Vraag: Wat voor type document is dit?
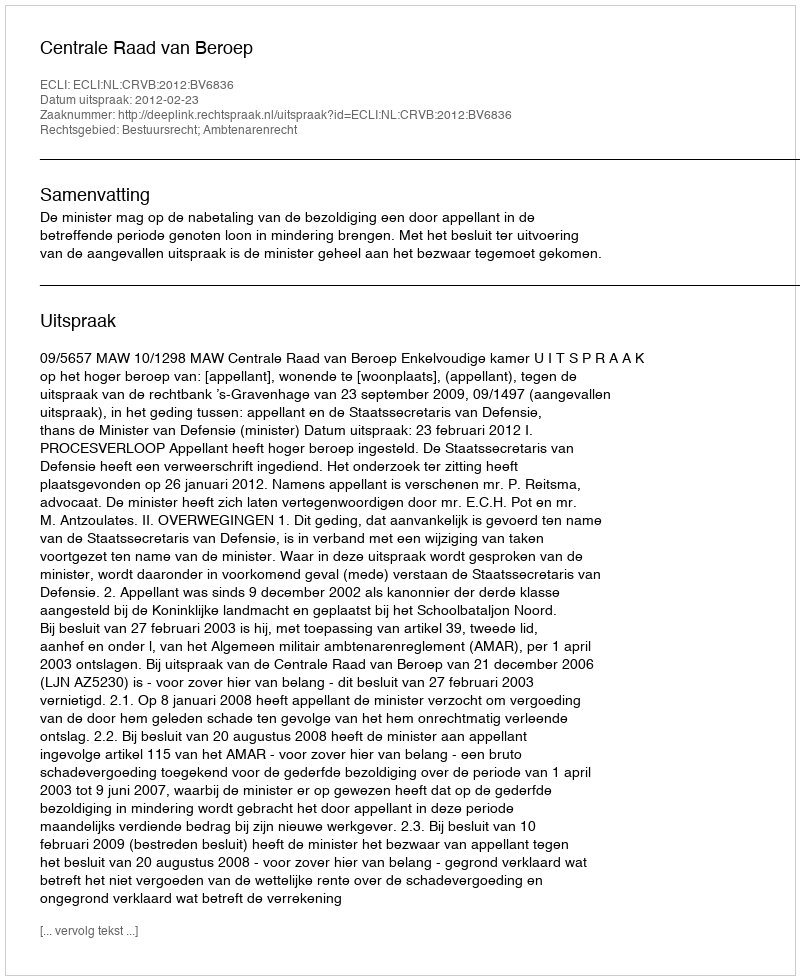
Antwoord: Uitspraak